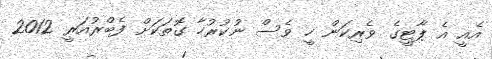
އެއީ އެ ޕާޓީގެ ވެރިކަން ހީ ވެސް ނުކުރުހާ ގޮތަކަށް ފެބްރުއަރީ 2012